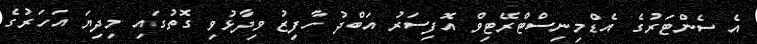
އެ ސެންޓަރުގެ އެޑްމިނިސްޓްރޭޓިވް އޮފިސަރު އަބްދު ހާފިޒު ވިދާޅުވި ގޮތުގައި މިދިޔަ އަހަރުގެ